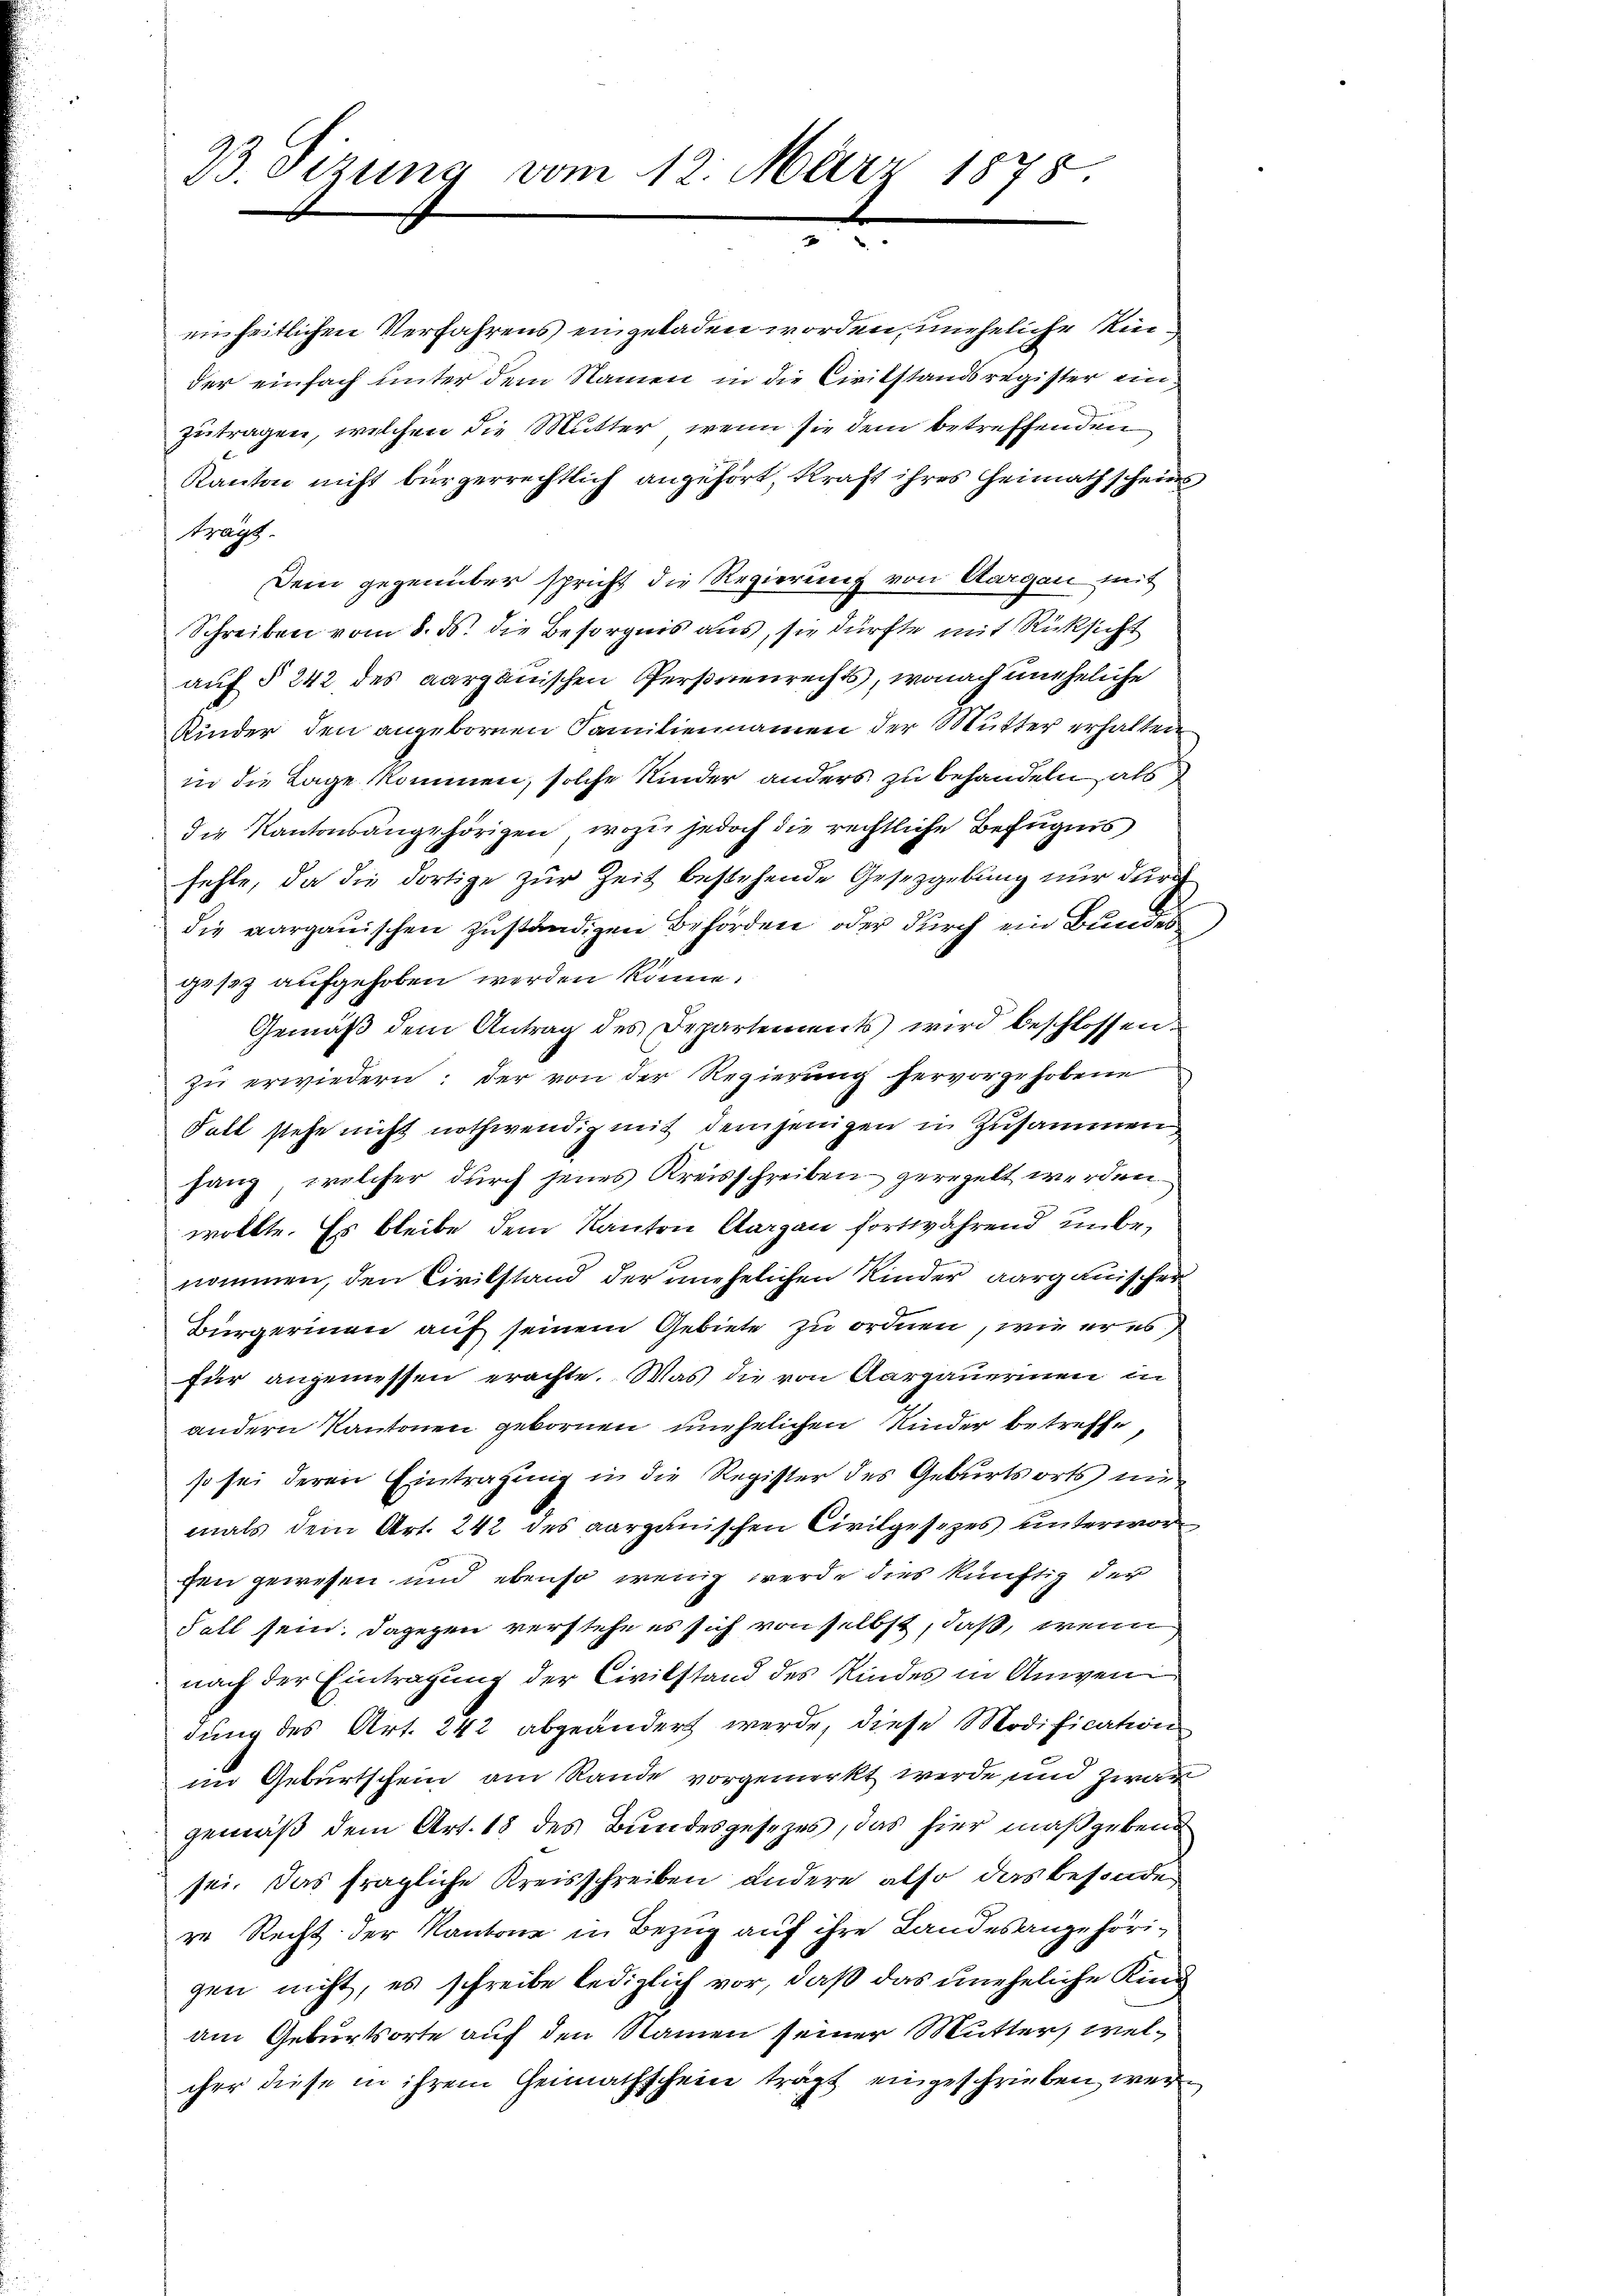
33. Sizung vom 12. März 1878
x

einheitlichen Verfahrens eingeladen worden, uneheliche Kinder einfach unter dem Namen in die Civilstandsregister einzutragen, welchen die Mutter, wenn sie dem betreffenden
Kanton nicht bürgerrechtlich angehört, kraft ihres Heimathscheines
trägt.
Dein gegenüber spricht die Regierung von Aargau mit
Schreiben vom 8. ds. die Besorgnis aus, sie dürfte mit Rücksicht
auf § 242 des aargauischen Personenrechts, wonach uneheliche
Kinder den angebornen Familiennamen der Mutter erhalten
in die Lage kommen, solche Kinder anders zu behandeln, als
die Kantonsangehörigen, wozu jedoch die rechtliche Befugnis
fehle, da die dortige zur Zeit bestehende Gesetzgebung nur durch
die vargauischen zuständigen Behörden oder durch ein Bundes
gesez aufgehoben werden könne.
Gemäß dem Antrag des Departements wird beschlossen
zu erwiedern; der von der Regierung hervorgehobene
Fall stehe nicht nothwendig mit demjenigen in Zusammen
sang, welcher durch jenes Kreisschreiben geregelt werden
wollte. Es bleibe dem Kanton Aargau fortwährend unbenommen, den Civilstand der unehelichen Kinder aargauischer
Bürgerinen auf seinem Gebiete zu ordnen, wie er es
für angemessen erachte. Was die von Aargauerinen in
andern Kantonen gebornen unehelichen Kinder betreffe,
so sei deren Eintragŭng in die Register des Geburtsorts im
mals dem Art. 242 des aargauischen Civilgesezes unterworfen gewesen und ebenso wenig werde dies künftig der
Fall sein. Dagegen verstehe es sich von selbst, daß, wenn
nach der Eintragung der Civilstand des Kindes in Anwendung des Art. 242 abgeändert werde, diese Modification
im Geburtschein am Rande vorgemerkt werde, und zwar
gemäß dem Art. 18 des Bundesgesezes, das hier maßgebend
sei. Das fragliche Kreisschreiben andere also das besonder
re Recht der Kantone in Bezug auf ihre Landesangehörigen nicht, es schreibe lediglich vor, daß das uneheliche Kind
am Geburtsorte auf den Namen seiner Mutter, welcher diese in ihrem Heimathschein trägt eingeschrieben wer¬